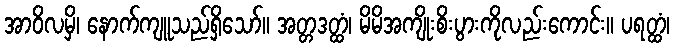
အာဝိလမှိ၊ နောက်ကျူသည်ရှိသော်။ အတ္တဒတ္ထံ၊ မိမိအကျိုးစိးပွားကိုလည်းကောင်း။ ပရတ္ထံ၊